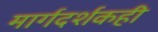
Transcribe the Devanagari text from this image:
मार्गदर्शकही